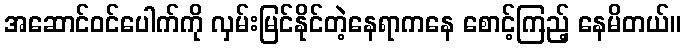
အဆောင်ဝင်ပေါက်ကို လှမ်းမြင်နိုင်တဲ့နေရာကနေ စောင့်ကြည့် နေမိတယ်။